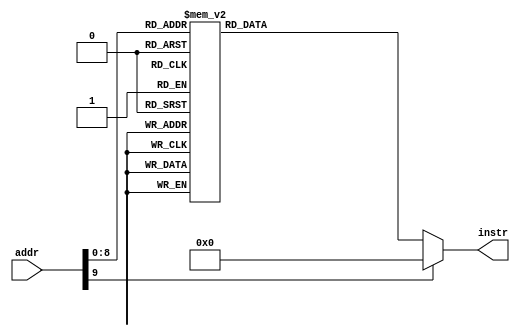
// this file is generated automatically
module Imem (
	input [9:0] addr,
	output reg[31:0] instr
);
	always @(addr) begin
		case (addr)
			10'b0000000000 : instr = 32'h00100493;
			10'b0000000001 : instr = 32'h0100006f;
			10'b0000000010 : instr = 32'h00100493;
			10'b0000000011 : instr = 32'h00200913;
			10'b0000000100 : instr = 32'h00300993;
			10'b0000000101 : instr = 32'h0100006f;
			10'b0000000110 : instr = 32'h00100493;
			10'b0000000111 : instr = 32'h00200913;
			10'b0000001000 : instr = 32'h00300993;
			10'b0000001001 : instr = 32'h0100006f;
			10'b0000001010 : instr = 32'h00100493;
			10'b0000001011 : instr = 32'h00200913;
			10'b0000001100 : instr = 32'h00300993;
			10'b0000001101 : instr = 32'h0100006f;
			10'b0000001110 : instr = 32'h00100493;
			10'b0000001111 : instr = 32'h00200913;
			10'b0000010000 : instr = 32'h00300993;
			10'b0000010001 : instr = 32'h3c8000ef;
			10'b0000010010 : instr = 32'h00100413;
			10'b0000010011 : instr = 32'h00100493;
			10'b0000010100 : instr = 32'h01f49493;
			10'b0000010101 : instr = 32'h00900533;
			10'b0000010110 : instr = 32'h02200893;
			10'b0000010111 : instr = 32'h00000073;
			10'b0000011000 : instr = 32'h0024d493;
			10'b0000011001 : instr = 32'h00048463;
			10'b0000011010 : instr = 32'hfedff06f;
			10'b0000011011 : instr = 32'h00900533;
			10'b0000011100 : instr = 32'h02200893;
			10'b0000011101 : instr = 32'h00000073;
			10'b0000011110 : instr = 32'h00100493;
			10'b0000011111 : instr = 32'h00249493;
			10'b0000100000 : instr = 32'h00900533;
			10'b0000100001 : instr = 32'h02200893;
			10'b0000100010 : instr = 32'h00000073;
			10'b0000100011 : instr = 32'h00048463;
			10'b0000100100 : instr = 32'hfedff06f;
			10'b0000100101 : instr = 32'h00100493;
			10'b0000100110 : instr = 32'h01f49493;
			10'b0000100111 : instr = 32'h00900533;
			10'b0000101000 : instr = 32'h02200893;
			10'b0000101001 : instr = 32'h00000073;
			10'b0000101010 : instr = 32'h4034d493;
			10'b0000101011 : instr = 32'h00900533;
			10'b0000101100 : instr = 32'h02200893;
			10'b0000101101 : instr = 32'h00000073;
			10'b0000101110 : instr = 32'h4044d493;
			10'b0000101111 : instr = 32'h00900533;
			10'b0000110000 : instr = 32'h02200893;
			10'b0000110001 : instr = 32'h00000073;
			10'b0000110010 : instr = 32'h4044d493;
			10'b0000110011 : instr = 32'h00900533;
			10'b0000110100 : instr = 32'h02200893;
			10'b0000110101 : instr = 32'h00000073;
			10'b0000110110 : instr = 32'h4044d493;
			10'b0000110111 : instr = 32'h00900533;
			10'b0000111000 : instr = 32'h02200893;
			10'b0000111001 : instr = 32'h00000073;
			10'b0000111010 : instr = 32'h4044d493;
			10'b0000111011 : instr = 32'h00900533;
			10'b0000111100 : instr = 32'h02200893;
			10'b0000111101 : instr = 32'h00000073;
			10'b0000111110 : instr = 32'h4044d493;
			10'b0000111111 : instr = 32'h00900533;
			10'b0001000000 : instr = 32'h02200893;
			10'b0001000001 : instr = 32'h00000073;
			10'b0001000010 : instr = 32'h4044d493;
			10'b0001000011 : instr = 32'h00900533;
			10'b0001000100 : instr = 32'h02200893;
			10'b0001000101 : instr = 32'h00000073;
			10'b0001000110 : instr = 32'h4044d493;
			10'b0001000111 : instr = 32'h00900533;
			10'b0001001000 : instr = 32'h02200893;
			10'b0001001001 : instr = 32'h00000073;
			10'b0001001010 : instr = 32'h00100413;
			10'b0001001011 : instr = 32'h01f41993;
			10'b0001001100 : instr = 32'h41f9d993;
			10'b0001001101 : instr = 32'h00000433;
			10'b0001001110 : instr = 32'h00c00913;
			10'b0001001111 : instr = 32'h00300b13;
			10'b0001010000 : instr = 32'h00140413;
			10'b0001010001 : instr = 32'h00f47413;
			10'b0001010010 : instr = 32'h00800293;
			10'b0001010011 : instr = 32'h00100313;
			10'b0001010100 : instr = 32'h00499993;
			10'b0001010101 : instr = 32'h0089e9b3;
			10'b0001010110 : instr = 32'h01300533;
			10'b0001010111 : instr = 32'h02200893;
			10'b0001011000 : instr = 32'h00000073;
			10'b0001011001 : instr = 32'h406282b3;
			10'b0001011010 : instr = 32'hfe0294e3;
			10'b0001011011 : instr = 32'h00140413;
			10'b0001011100 : instr = 32'h00f00f93;
			10'b0001011101 : instr = 32'h01f47433;
			10'b0001011110 : instr = 32'h01c41413;
			10'b0001011111 : instr = 32'h00800293;
			10'b0001100000 : instr = 32'h00100313;
			10'b0001100001 : instr = 32'h0049d993;
			10'b0001100010 : instr = 32'h0089e9b3;
			10'b0001100011 : instr = 32'h01300533;
			10'b0001100100 : instr = 32'h02200893;
			10'b0001100101 : instr = 32'h00000073;
			10'b0001100110 : instr = 32'h406282b3;
			10'b0001100111 : instr = 32'hfe0294e3;
			10'b0001101000 : instr = 32'h01c45413;
			10'b0001101001 : instr = 32'h406b0b33;
			10'b0001101010 : instr = 32'h000b0463;
			10'b0001101011 : instr = 32'hf95ff06f;
			10'b0001101100 : instr = 32'h000002b3;
			10'b0001101101 : instr = 32'hfff2c293;
			10'b0001101110 : instr = 32'h00829293;
			10'b0001101111 : instr = 32'h0ff2e293;
			10'b0001110000 : instr = 32'h00500533;
			10'b0001110001 : instr = 32'h02200893;
			10'b0001110010 : instr = 32'h00000073;
			10'b0001110011 : instr = 32'hfff00413;
			10'b0001110100 : instr = 32'h00000493;
			10'b0001110101 : instr = 32'h0084a023;
			10'b0001110110 : instr = 32'h00140413;
			10'b0001110111 : instr = 32'h00448493;
			10'b0001111000 : instr = 32'h0084a023;
			10'b0001111001 : instr = 32'h00140413;
			10'b0001111010 : instr = 32'h00448493;
			10'b0001111011 : instr = 32'h0084a023;
			10'b0001111100 : instr = 32'h00140413;
			10'b0001111101 : instr = 32'h00448493;
			10'b0001111110 : instr = 32'h0084a023;
			10'b0001111111 : instr = 32'h00140413;
			10'b0010000000 : instr = 32'h00448493;
			10'b0010000001 : instr = 32'h0084a023;
			10'b0010000010 : instr = 32'h00140413;
			10'b0010000011 : instr = 32'h00448493;
			10'b0010000100 : instr = 32'h0084a023;
			10'b0010000101 : instr = 32'h00140413;
			10'b0010000110 : instr = 32'h00448493;
			10'b0010000111 : instr = 32'h0084a023;
			10'b0010001000 : instr = 32'h00140413;
			10'b0010001001 : instr = 32'h00448493;
			10'b0010001010 : instr = 32'h0084a023;
			10'b0010001011 : instr = 32'h00140413;
			10'b0010001100 : instr = 32'h00448493;
			10'b0010001101 : instr = 32'h0084a023;
			10'b0010001110 : instr = 32'h00140413;
			10'b0010001111 : instr = 32'h00448493;
			10'b0010010000 : instr = 32'h0084a023;
			10'b0010010001 : instr = 32'h00140413;
			10'b0010010010 : instr = 32'h00448493;
			10'b0010010011 : instr = 32'h0084a023;
			10'b0010010100 : instr = 32'h00140413;
			10'b0010010101 : instr = 32'h00448493;
			10'b0010010110 : instr = 32'h0084a023;
			10'b0010010111 : instr = 32'h00140413;
			10'b0010011000 : instr = 32'h00448493;
			10'b0010011001 : instr = 32'h0084a023;
			10'b0010011010 : instr = 32'h00140413;
			10'b0010011011 : instr = 32'h00448493;
			10'b0010011100 : instr = 32'h0084a023;
			10'b0010011101 : instr = 32'h00140413;
			10'b0010011110 : instr = 32'h00448493;
			10'b0010011111 : instr = 32'h0084a023;
			10'b0010100000 : instr = 32'h00140413;
			10'b0010100001 : instr = 32'h00448493;
			10'b0010100010 : instr = 32'h0084a023;
			10'b0010100011 : instr = 32'h00140413;
			10'b0010100100 : instr = 32'h00448493;
			10'b0010100101 : instr = 32'h00140413;
			10'b0010100110 : instr = 32'h00000433;
			10'b0010100111 : instr = 32'h03c00493;
			10'b0010101000 : instr = 32'h00042983;
			10'b0010101001 : instr = 32'h0004aa03;
			10'b0010101010 : instr = 32'h0149a2b3;
			10'b0010101011 : instr = 32'h00028663;
			10'b0010101100 : instr = 32'h0134a023;
			10'b0010101101 : instr = 32'h01442023;
			10'b0010101110 : instr = 32'hffc48493;
			10'b0010101111 : instr = 32'hfe9412e3;
			10'b0010110000 : instr = 32'h00800533;
			10'b0010110001 : instr = 32'h02200893;
			10'b0010110010 : instr = 32'h00000073;
			10'b0010110011 : instr = 32'h00440413;
			10'b0010110100 : instr = 32'h03c00493;
			10'b0010110101 : instr = 32'hfc9416e3;
			10'b0010110110 : instr = 32'h03200893;
			10'b0010110111 : instr = 32'h00000073;
			10'b0010111000 : instr = 32'h00100293;
			10'b0010111001 : instr = 32'h00300313;
			10'b0010111010 : instr = 32'h00800493;
			10'b0010111011 : instr = 32'h00849493;
			10'b0010111100 : instr = 32'h07648493;
			10'b0010111101 : instr = 32'h01449493;
			10'b0010111110 : instr = 32'h00900533;
			10'b0010111111 : instr = 32'h02200893;
			10'b0011000000 : instr = 32'h00000073;
			10'b0011000001 : instr = 32'h00800e13;
			10'b0011000010 : instr = 32'h0054d4b3;
			10'b0011000011 : instr = 32'h0064d4b3;
			10'b0011000100 : instr = 32'h00900533;
			10'b0011000101 : instr = 32'h02200893;
			10'b0011000110 : instr = 32'h00000073;
			10'b0011000111 : instr = 32'hfffe0e13;
			10'b0011001000 : instr = 32'hfe0e14e3;
			10'b0011001001 : instr = 32'h00a00893;
			10'b0011001010 : instr = 32'h00000073;
			10'b0011001011 : instr = 32'hfff00293;
			10'b0011001100 : instr = 32'h07700493;
			10'b0011001101 : instr = 32'h00849493;
			10'b0011001110 : instr = 32'h07748493;
			10'b0011001111 : instr = 32'h00900533;
			10'b0011010000 : instr = 32'h02200893;
			10'b0011010001 : instr = 32'h00000073;
			10'b0011010010 : instr = 32'h01000e13;
			10'b0011010011 : instr = 32'h0054c4b3;
			10'b0011010100 : instr = 32'h00900533;
			10'b0011010101 : instr = 32'h02200893;
			10'b0011010110 : instr = 32'h00000073;
			10'b0011010111 : instr = 32'hfffe0e13;
			10'b0011011000 : instr = 32'hfe0e16e3;
			10'b0011011001 : instr = 32'h00a00893;
			10'b0011011010 : instr = 32'h00000073;
			10'b0011011011 : instr = 32'h00000313;
			10'b0011011100 : instr = 32'h01000e13;
			10'b0011011101 : instr = 32'h08400493;
			10'b0011011110 : instr = 32'h00849493;
			10'b0011011111 : instr = 32'h08348493;
			10'b0011100000 : instr = 32'h00400913;
			10'b0011100001 : instr = 32'h00891913;
			10'b0011100010 : instr = 32'h00490913;
			10'b0011100011 : instr = 32'h00849493;
			10'b0011100100 : instr = 32'h08248493;
			10'b0011100101 : instr = 32'h00849493;
			10'b0011100110 : instr = 32'h08148493;
			10'b0011100111 : instr = 32'h00891913;
			10'b0011101000 : instr = 32'h00490913;
			10'b0011101001 : instr = 32'h00891913;
			10'b0011101010 : instr = 32'h00490913;
			10'b0011101011 : instr = 32'h00932023;
			10'b0011101100 : instr = 32'h012484b3;
			10'b0011101101 : instr = 32'h00430313;
			10'b0011101110 : instr = 32'hfffe0e13;
			10'b0011101111 : instr = 32'hfe0e18e3;
			10'b0011110000 : instr = 32'h02000e13;
			10'b0011110001 : instr = 32'h00000313;
			10'b0011110010 : instr = 32'h00035483;
			10'b0011110011 : instr = 32'h00900533;
			10'b0011110100 : instr = 32'h02200893;
			10'b0011110101 : instr = 32'h00000073;
			10'b0011110110 : instr = 32'h00230313;
			10'b0011110111 : instr = 32'hfffe0e13;
			10'b0011111000 : instr = 32'hfe0e14e3;
			10'b0011111001 : instr = 32'h00a00893;
			10'b0011111010 : instr = 32'h00000073;
			10'b0011111011 : instr = 32'h00f00493;
			10'b0011111100 : instr = 32'h00900533;
			10'b0011111101 : instr = 32'h02200893;
			10'b0011111110 : instr = 32'h00000073;
			10'b0011111111 : instr = 32'hfff48493;
			10'b0100000000 : instr = 32'hfe04d8e3;
			10'b0100000001 : instr = 32'h00a00893;
			10'b0100000010 : instr = 32'h00000073;
			10'b0100000011 : instr = 32'h00000413;
			10'b0100000100 : instr = 32'h00140413;
			10'b0100000101 : instr = 32'h00800533;
			10'b0100000110 : instr = 32'h02200893;
			10'b0100000111 : instr = 32'h00000073;
			10'b0100001000 : instr = 32'h00240413;
			10'b0100001001 : instr = 32'h00800533;
			10'b0100001010 : instr = 32'h02200893;
			10'b0100001011 : instr = 32'h00000073;
			10'b0100001100 : instr = 32'h00340413;
			10'b0100001101 : instr = 32'h00800533;
			10'b0100001110 : instr = 32'h02200893;
			10'b0100001111 : instr = 32'h00000073;
			10'b0100010000 : instr = 32'h00440413;
			10'b0100010001 : instr = 32'h00800533;
			10'b0100010010 : instr = 32'h02200893;
			10'b0100010011 : instr = 32'h00000073;
			10'b0100010100 : instr = 32'h00540413;
			10'b0100010101 : instr = 32'h00800533;
			10'b0100010110 : instr = 32'h02200893;
			10'b0100010111 : instr = 32'h00000073;
			10'b0100011000 : instr = 32'h00640413;
			10'b0100011001 : instr = 32'h00800533;
			10'b0100011010 : instr = 32'h02200893;
			10'b0100011011 : instr = 32'h00000073;
			10'b0100011100 : instr = 32'h00740413;
			10'b0100011101 : instr = 32'h00800533;
			10'b0100011110 : instr = 32'h02200893;
			10'b0100011111 : instr = 32'h00000073;
			10'b0100100000 : instr = 32'h00840413;
			10'b0100100001 : instr = 32'h00800533;
			10'b0100100010 : instr = 32'h02200893;
			10'b0100100011 : instr = 32'h02200893;
			10'b0100100100 : instr = 32'h00000073;
			10'b0100100101 : instr = 32'h00008067
;
			default: instr = 0;
		endcase
	end
endmodule